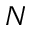
N